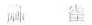
麻雀